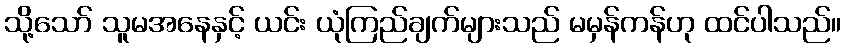
သို့သော် သူမအနေနှင့် ယင်း ယုံကြည်ချက်များသည် မမှန်ကန်ဟု ထင်ပါသည်။